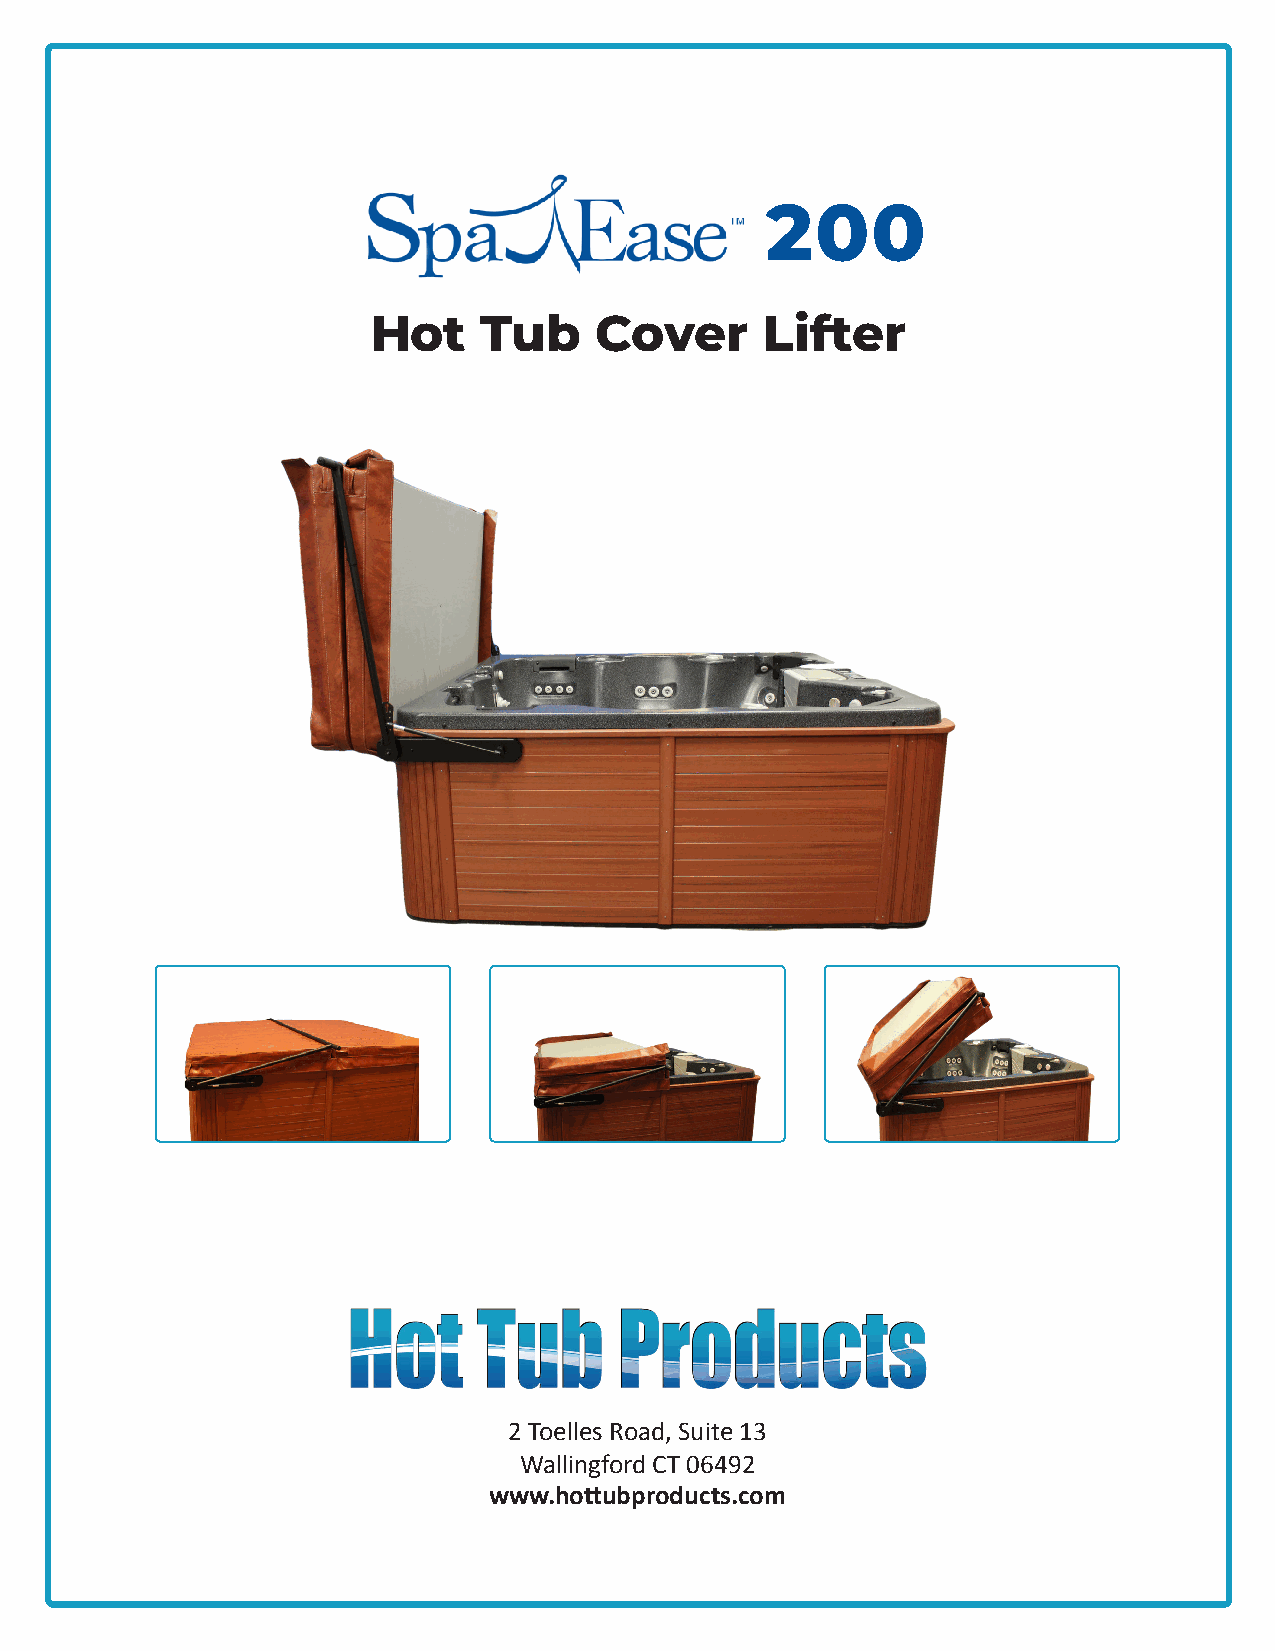
200
 Hot    Tub    Cover       Lifter
 2 Toelles Road, Suite 13
 Wallingford CT 06492
 www.hottubproducts.com
 1